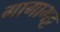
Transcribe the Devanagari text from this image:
गागाभट्ट